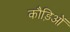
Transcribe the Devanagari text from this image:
कौड़िओं